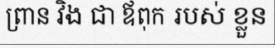
ព្រាន វិង ជា ឪពុក របស់ ខ្លួន